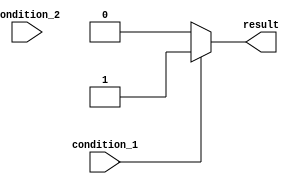
module if_else_module (
    input wire condition_1,
    input wire condition_2,
    output reg result
);

always @(*)
begin
    if (condition_1)
    begin
        result <= 1;
    end
    else if (condition_2)
    begin
        result <= 0;
    end
    else
    begin
        result <= 2;
    end
end

endmodule